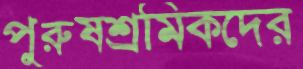
পুরুষশ্রমিকদের